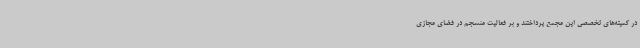
در کمیته‌های تخصصی این مجمع پرداختند و بر فعالیت منسجم در فضای مجازی